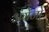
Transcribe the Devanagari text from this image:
अंग्रेंजो